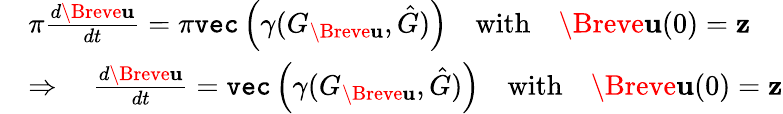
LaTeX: \begin{array}{rl}&{\pi\frac{d\Breve{\mathbf{u}}}{dt}=\pi\texttt{vec}\left(\gamma(G_{\Breve{\mathbf{u}}},\hat{G})\right)\quad\mathrm{with}\quad\Breve{\mathbf{u}}(0)=\mathbf{z}}\\ &{\Rightarrow\quad\frac{d\Breve{\mathbf{u}}}{dt}=\texttt{vec}\left(\gamma(G_{\Breve{\mathbf{u}}},\hat{G})\right)\quad\mathrm{with}\quad\Breve{\mathbf{u}}(0)=\mathbf{z}}\end{array}